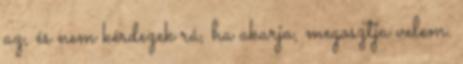
az, és nem kérdezek rá, ha akarja, megosztja velem.